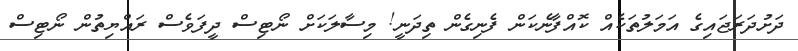
ދަށުދަރަޖައިގެ އަމަލުތަކެއް ކޮއްފާނެކަން ފެނިގެން ތިދަނީ! މިސާލަކަށް ނޯޓިސް ދީފަވެސް ރައްޔިތުން ނޯޓިސް